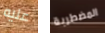
عليه المضطربة